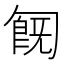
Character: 𠣹